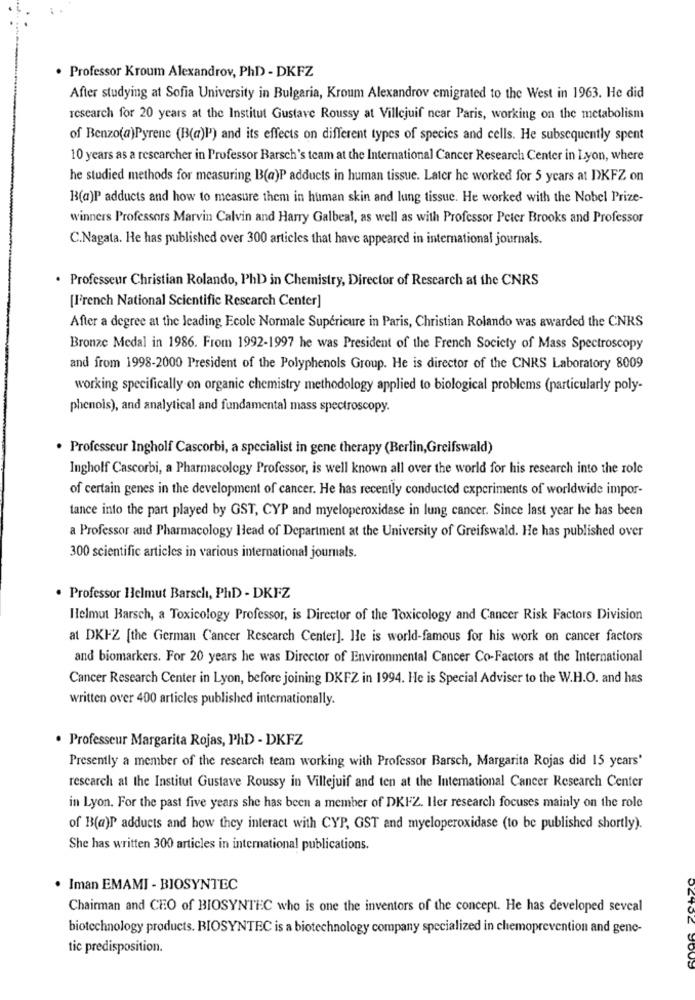
. Professor Kroum Alexandrov, PhD - DKFZ
After studying at Sofia University in Bulgaria, Kroum Alexandrov emigrated to the West in 1963. He did
research for 20 years at the Institut Gustave Roussy at Villejuif near Paris, working on the metabolism
of Benzo(a)Pyrene (B(a)P') and its effects on different types of species and cells. He subsequently spent
10 years as a researcher in Professor Barsch's team at the International Cancer Research Center in Lyon, where
he studied methods for measuring B(a)P adducts in human tissue. Later he worked for 5 years at DKFZ on
B(a)P adducts and how to measure them in human skin and lung tissue. He worked with the Nobel Prize-
winners Professors Marvin Calvin and Harry Galbeal, as well as with Professor Peter Brooks and Professor
C.Nagata. He has published over 300 articles that have appeared in international journals.
. Professeur Christian Rolando, PhD in Chemistry, Director of Research at the CNRS
[French National Scientific Research Center]
After a degree at the leading Ecole Normale Superieure in Paris, Christian Rolando was awarded the CNRS
Bronze Medal in 1986. From 1992-1997 he was President of the French Society of Mass Spectroscopy
and from 1998-2000 President of the Polyphenols Group. He is director of the CNRS Laboratory 8009
working specifically on organic chemistry methodology applied to biological problems (particularly poly-
phenols), and analytical and fundamental mass spectroscopy.
. Professeur Ingholf Cascorbi, a specialist in gene therapy (Berlin,Greifswald)
Ingholf Cascorbi, a Pharmacology Professor, is well known all over the world for his research into the role
of certain genes in the development of cancer. He has recently conducted experiments of worldwide impor-
tance into the part played by GST, CYP and myeloperoxidase in lung cancer. Since last year he has been
a Professor and Pharmacology Head of Department at the University of Greifswald. He has published over
300 scientific articles in various international journals.
. Professor Helmut Barsch, PhD - DKFZ
Helmut Barsch, a Toxicology Professor, is Director of the Toxicology and Cancer Risk Factors Division
at DKFZ [the German Cancer Research Center]. He is world-famous for his work on cancer factors
and biomarkers. For 20 years he was Director of Environmental Cancer Co-Factors at the International
Cancer Research Center in Lyon, before joining DKFZ in 1994. He is Special Adviser to the W.H.O. and has
written over 400 articles published internationally.
·Professeur Margarita Rojas, PhD - DKFZ
Presently a member of the research team working with Professor Barsch, Margarita Rojas did 15 years'
research al the Institut Gustave Roussy in Villejuif and ten at the International Cancer Research Center
in Lyon. For the past five years she has been a member of DKFZ. Iler research focuses mainly on the role
of B(a)P adducts and how they interact with CYP, GST and myeloperoxidase (to be published shortly).
She has written 300 articles in international publications.
Iman EMAMI - BIOSYNTEC
Chairman and CEO of BIOSYNTEC who is one the inventors of the concept. He has developed seveal
biotechnology products. BIOSYNTEC is a biotechnology company specialized in chemoprevention and gene-
tic predisposition.